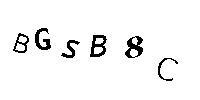
BGSB8C